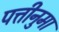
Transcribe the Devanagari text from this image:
पत्तीनुमा